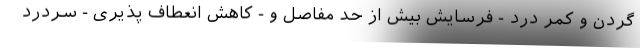
گردن و کمر درد - فرسایش بیش از حد مفاصل و - کاهش انعطاف پذیری - سردرد